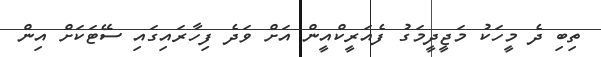
ތިބި ދެ މީހަކު މަޖީދީމަގު ފެއަރީކްއީން އަށް ވަދެ ފިހާރައިގައި ސޭޓަކަށް އިން